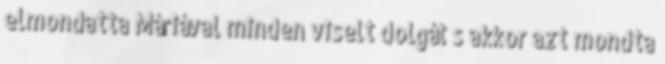
elmondatta Máriával minden viselt dolgát s akkor azt mondta